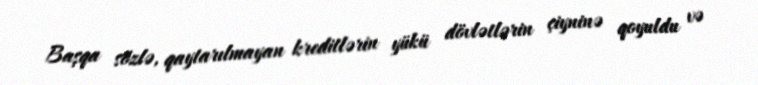
Başqa sözlə, qaytarılmayan kreditlərin yükü dövlətlərin çiyninə qoyuldu və